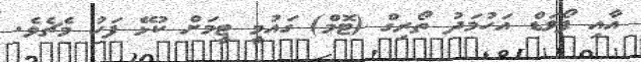
އާއި ފޯވަޑް އަހުމަދު ތޯރިގް (ޓޮމް) ގައުމީ ޓީމަށް ކުޅޭ ފަހު މެޗެވެ.